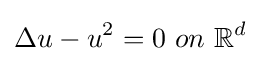
\Delta u-u^{2}=0\ on\ \mathbb {R} ^{d}